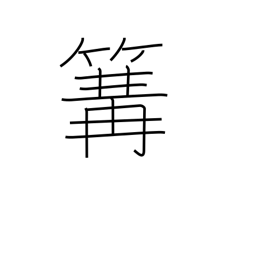
Meaning: fishing fire